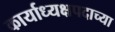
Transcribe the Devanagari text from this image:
कार्याध्यक्षपदाच्या